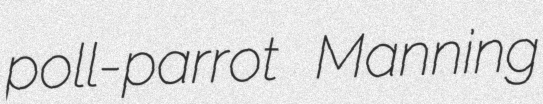
poll-parrot Manning